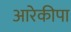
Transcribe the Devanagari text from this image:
आरेकीपा